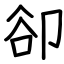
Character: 卻